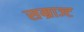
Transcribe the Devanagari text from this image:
सम्राज्ट